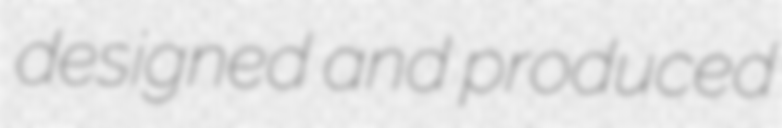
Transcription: designed and produced